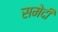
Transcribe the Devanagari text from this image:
समेदी